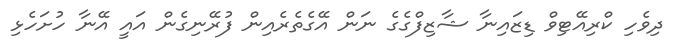
ދިވެހި ކްރިއޭޓިވް ޑިޒައިނާ ޝާޒިފްގެގެ ނަން އޭގެތެރެއިން ފުރޭނިގެން އައީ އޭނާ ހުށަހެޅި